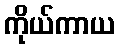
ကိုယ်ကာယ